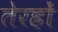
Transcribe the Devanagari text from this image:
तेरहों